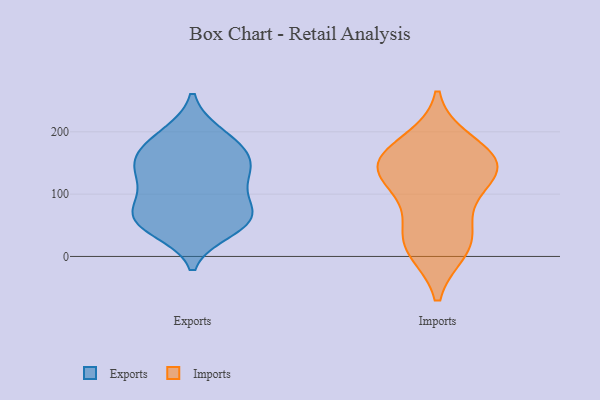
{"axis": {"x": "Demand Index", "y": "Value"}, "legend": ["Exports", "Imports"], "data": [{"x": "", "y": 52, "type": "Exports"}, {"x": "", "y": 102, "type": "Exports"}, {"x": "", "y": 53, "type": "Exports"}, {"x": "", "y": 135, "type": "Exports"}, {"x": "", "y": 55, "type": "Exports"}, {"x": "", "y": 163, "type": "Exports"}, {"x": "", "y": 116, "type": "Exports"}, {"x": "", "y": 66, "type": "Exports"}, {"x": "", "y": 197, "type": "Exports"}, {"x": "", "y": 71, "type": "Exports"}, {"x": "", "y": 136, "type": "Exports"}, {"x": "", "y": 149, "type": "Exports"}, {"x": "", "y": 171, "type": "Exports"}, {"x": "", "y": 42, "type": "Exports"}, {"x": "", "y": 159, "type": "Exports"}, {"x": "", "y": 196, "type": "Exports"}, {"x": "", "y": 81, "type": "Exports"}, {"x": "", "y": 181, "type": "Imports"}, {"x": "", "y": 85, "type": "Imports"}, {"x": "", "y": 13, "type": "Imports"}, {"x": "", "y": 157, "type": "Imports"}, {"x": "", "y": 142, "type": "Imports"}, {"x": "", "y": 144, "type": "Imports"}, {"x": "", "y": 144, "type": "Imports"}, {"x": "", "y": 26, "type": "Imports"}, {"x": "", "y": 25, "type": "Imports"}, {"x": "", "y": 133, "type": "Imports"}]}